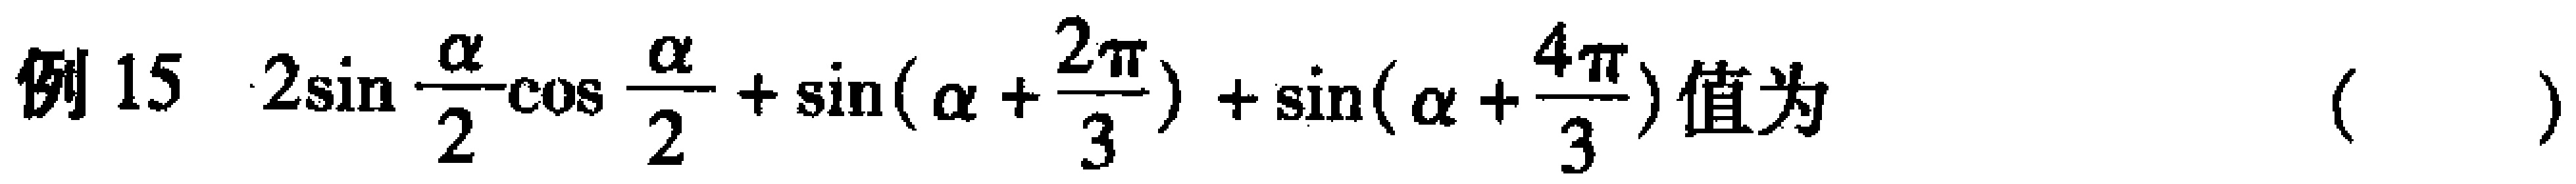
例15 \(2\sin \frac{\alpha}{2}\cos \frac{\alpha}{2}+\sin(\alpha + \frac{2\pi}{3})+\sin(\alpha + \frac{4\pi}{3})\)值为  ( )